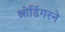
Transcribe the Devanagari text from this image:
श्रोडिंगरने